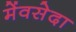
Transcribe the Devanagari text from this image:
मेंवसेदा